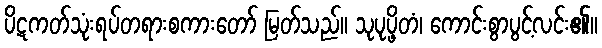
ပိဋကတ်သုံးရပ်တရားစကားတော် မြတ်သည်။ သုပုပ္ဖိတံ၊ ကောင်းစွာပွင့်လင်း၏။